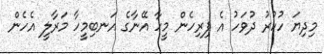
މިދިޔަ ހުކުރު ދުވަހު އެ ފިރިހެން މީހާ އޭނާގެ އަނބިމީހާ މަރާލީ އެހެން